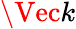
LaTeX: \Vec{k}